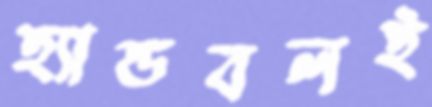
হ্যান্ডবলই